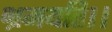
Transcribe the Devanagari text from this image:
भ्रमयति।।